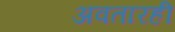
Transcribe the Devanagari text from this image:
अवतारही